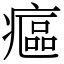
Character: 𤹪